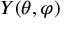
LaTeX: Y ( \theta , \varphi )